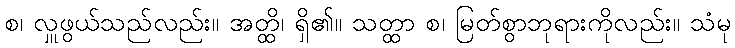
စ၊ လှူဖွယ်သည်လည်း။ အတ္ထိ၊ ရှိ၏။ သတ္ထာ စ၊ မြတ်စွာဘုရားကိုလည်း။ သံမု